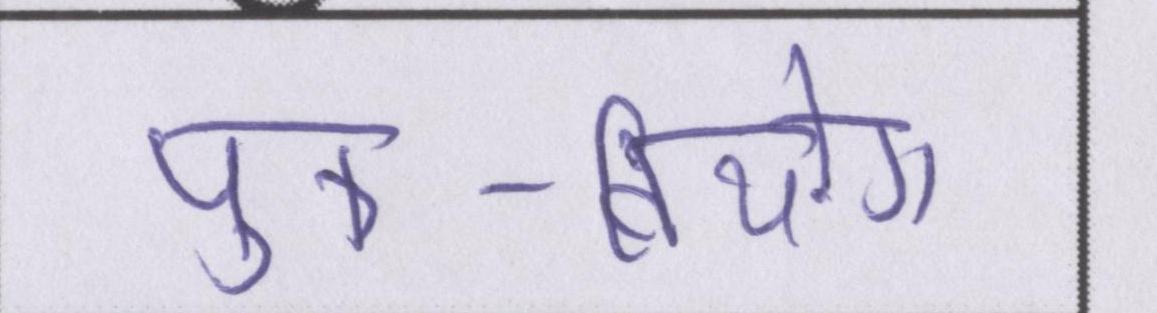
पुत्र-वियोग